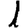
Digit: 1